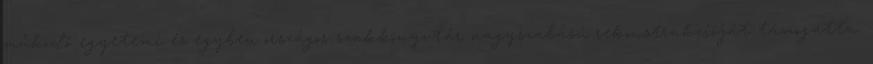
működő egyetemi és egyben országos szakkönyvtár nagyszabású rekonstrukcióját támogatta.